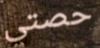
حصتي